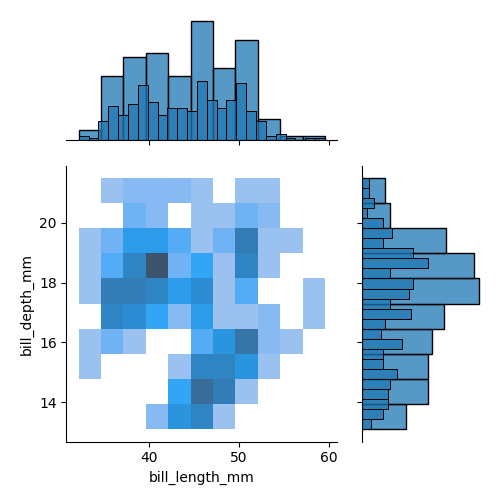
python, seaborn, jointplot, kind='hist', height='5', ratio='2', marginal_ticks='False'